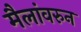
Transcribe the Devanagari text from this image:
मैलांवरुन